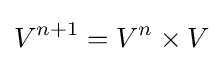
V^{n+1}=V^{n}\times V